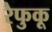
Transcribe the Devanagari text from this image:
रैफुकू